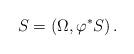
LaTeX: \begin{align*} S=(\Omega , \varphi^* S)\,.\end{align*}